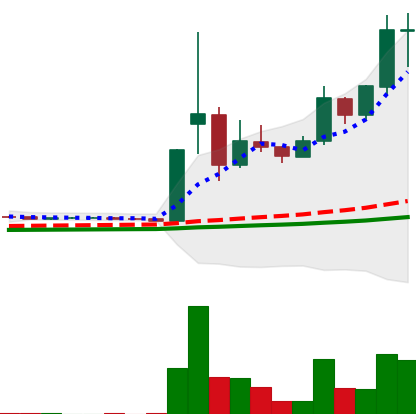
Ticker: DOGE-USD
Chart end date: 2021-02-08
Forward return: -15.699%
Label: down_7plus